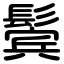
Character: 鬓